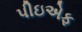
પીઇએફ